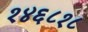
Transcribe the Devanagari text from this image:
१४६८१८